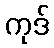
ကုဒ်